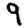
Digit: 9